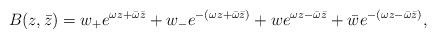
LaTeX: \begin{align*} B(z,\bar z)=w_+e^{\omega z+\bar\omega\bar z}+ w_-e^{-\left(\omega z+\bar\omega\bar z\right)}+ we^{\omega z-\bar\omega\bar z}+ \bar we^{-\left(\omega z-\bar\omega\bar z\right)},\end{align*}